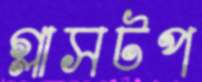
গ্লাসটপ